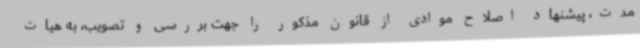
مدت، پیشنهاد اصلاح موادی از قانون مذکور را جهت بررسی و تصویب، به هیات